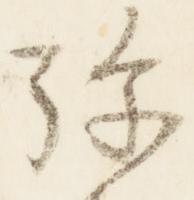
弥